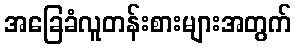
အခြေခံလူတန်းစားများအတွက်